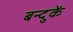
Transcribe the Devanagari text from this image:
बन्दुकें